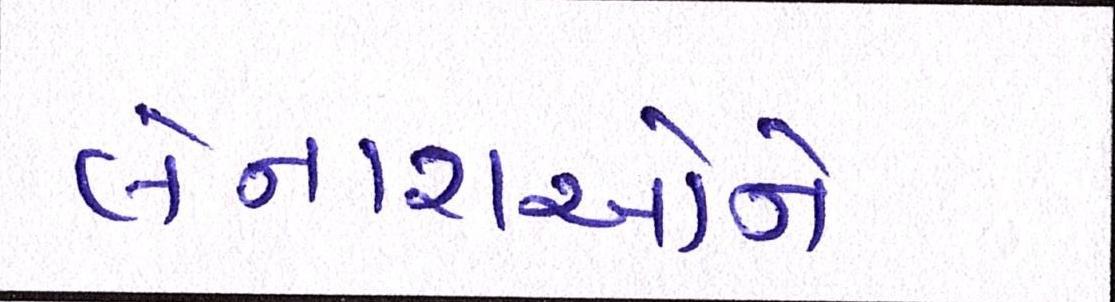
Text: લેનારાઓને